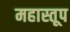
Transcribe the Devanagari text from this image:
महास्तूप